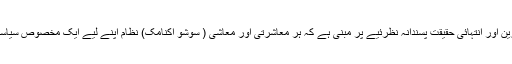
یہ نتیجہِ فکر اس اہم ترین اور انتہائی حقیقت پسندانہ نظرئیے پر مبنی ہے کہ ہر معاشرتی اور معاشی ( سوشو اکنامک) نظام اپنے لیے ایک مخصوص سیاسی نظام کوجنم دیتا ہے۔